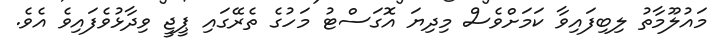
މައުލޫމާތު ލިބިފައިވާ ކަމަށްވެސް މިދިޔަ އޮގަސްޓު މަހުގެ ތެރޭގައި ޕީޖީ ވިދާޅުވެފައިވެ އެވެ.